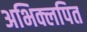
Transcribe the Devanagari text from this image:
अभिक्लपित